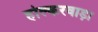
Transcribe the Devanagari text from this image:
होल्करवाड़ा